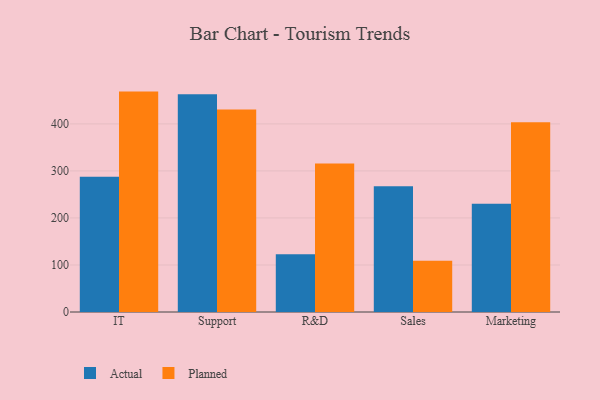
{"axis": {"x": "Department", "y": "Bounce Rate (%)"}, "legend": ["Actual", "Planned"], "data": [{"x": "IT", "y": 287.8, "type": "Actual"}, {"x": "IT", "y": 468.7, "type": "Planned"}, {"x": "Support", "y": 463.3, "type": "Actual"}, {"x": "Support", "y": 430.6, "type": "Planned"}, {"x": "R&D", "y": 123.0, "type": "Actual"}, {"x": "R&D", "y": 315.6, "type": "Planned"}, {"x": "Sales", "y": 267.4, "type": "Actual"}, {"x": "Sales", "y": 108.8, "type": "Planned"}, {"x": "Marketing", "y": 230.2, "type": "Actual"}, {"x": "Marketing", "y": 403.5, "type": "Planned"}]}